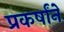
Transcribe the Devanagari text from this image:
प्रकर्षांने